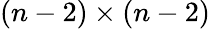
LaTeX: (n-2)\times(n-2)